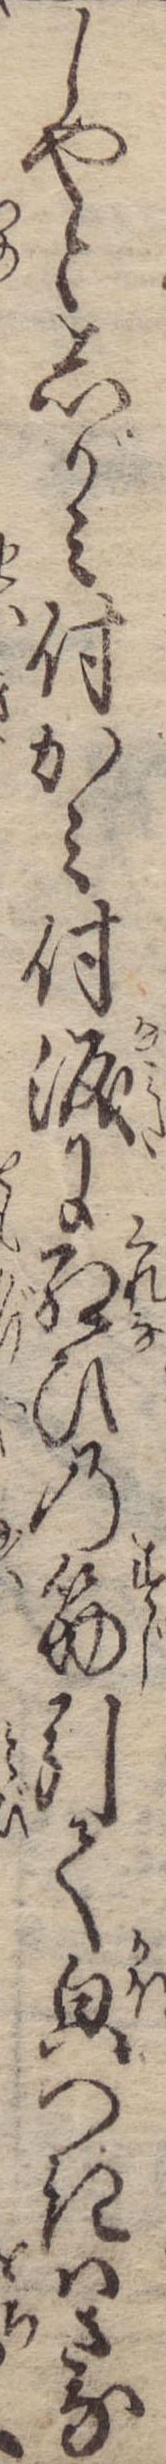
しやとしがみ付かみ付涙に紅ひの筋引て貌つきはさな